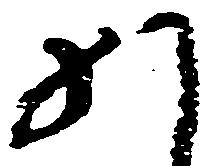
か